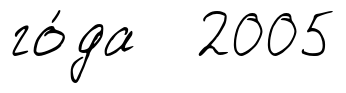
го́да 2005